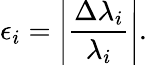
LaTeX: \epsilon_{i}=\left|\frac{\Delta\lambda_{i}}{\lambda_{i}}\right|.